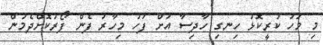
މި މަހު ކުރީކޮޅު ހިނގި ހާދިސާ އަށް ފަހު މިހާރު ފެން ފޯރުކޮށްދެމުން